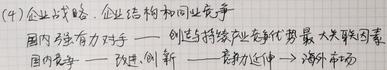
(4) 企业与政府、企业与机构间互动过程
国内竞争力→ 政府、创新→ 持续推动优势→ 最大共同因素
国内竞争→ 对手、创新→ 劳动力延伸→ 海外市场